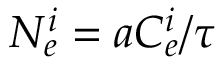
N _ { e } ^ { i } = a C _ { e } ^ { i } / \tau